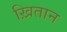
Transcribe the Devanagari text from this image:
ख़ितान